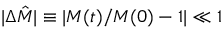
\vert \Delta \hat { M } \vert \equiv \vert M ( t ) / M ( 0 ) - 1 \vert \ll 1